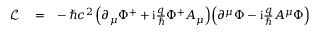
\begin{array} { r l r } { \mathcal { L } } & { { } = } & { - \, \hbar c ^ { 2 } \left( \partial _ { \mu } \Phi ^ { + } + \mathrm { i } \frac { q } { \hbar } \Phi ^ { + } A _ { \mu } \right) \! \left( \partial ^ { \mu } \Phi - \mathrm { i } \frac { q } { \hbar } A ^ { \mu } \Phi \right) } \end{array}